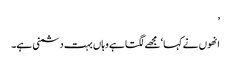
’
انھوں نے کہا ‘مجھے لگتا ہے وہاں بہت دشمنی ہے۔